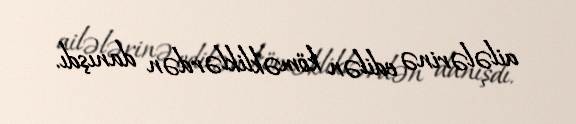
ailələrinə edilən köməkliklərdən danışdı.